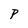
Character: P